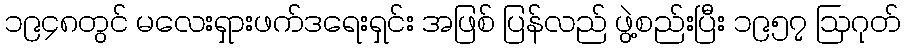
၁၉၄၈တွင် မလေးရှားဖက်ဒရေးရှင်း အဖြစ် ပြန်လည် ဖွဲ့စည်းပြီး ၁၉၅၇ ဩဂုတ်